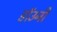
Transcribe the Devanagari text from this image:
डाॅउनी